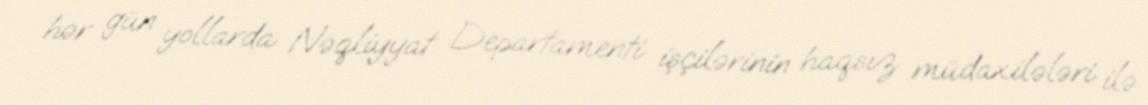
hər gün yollarda Nəqliyyat Departamenti işçilərinin haqsız müdaxilələri ilə